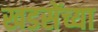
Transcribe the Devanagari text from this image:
खडसेंच्या